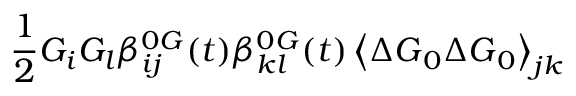
\frac { 1 } { 2 } G _ { i } G _ { l } \beta _ { i j } ^ { 0 G } ( t ) \beta _ { k l } ^ { 0 G } ( t ) \left\langle \Delta \boldsymbol { G } _ { 0 } \Delta \boldsymbol { G } _ { 0 } \right\rangle _ { j k }